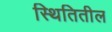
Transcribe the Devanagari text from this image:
स्थितितील